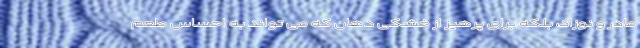
مادر و نوزاد، بلکه برای پرهیز از خشکی دهان که می تواند به احساس طعم